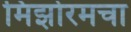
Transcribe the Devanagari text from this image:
मिझोरमचा